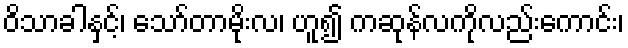
ဝိသာခါနှင့်၊ သော်တာမိုးလ၊ ဟူ၍ ကဆုန်လကိုလည်းကောင်း၊